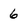
Character: 6